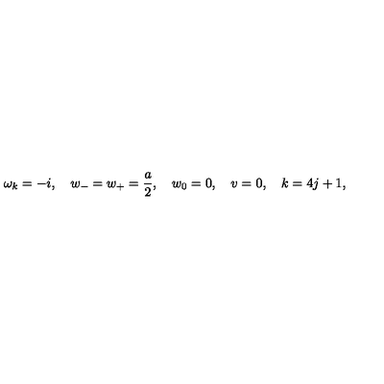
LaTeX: \omega _ { k } = - i , \quad w _ { - } = w _ { + } = \frac a 2 , \quad w _ { 0 } = 0 , \quad v = 0 , \quad k = 4 j + 1 ,